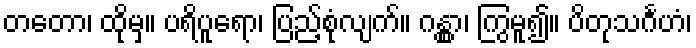
တတော၊ ထိုမှ။ ပရိပူရော၊ ပြည့်စုံလျက်။ ဂန္တွာ၊ ကြွမူ၍။ ပိတုသင်္ဂဟံ၊